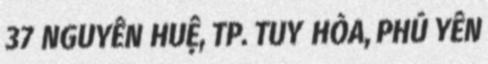
37 NGUYỄN HUỆ, TP. TUY HÒA, PHÚ YÊN